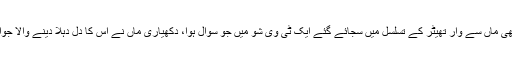
اس دکھی ماں سے وار تھیٹر کے تسلسل میں سجائے گئے ایک ٹی وی شو میں جو سوال ہوا، دُکھیاری ماں نے اُس کا دِل دہلا دینے والا جواب دیا۔